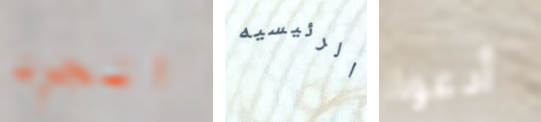
الجرد الرئيسيه أدعوا